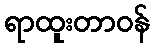
ရာထူးတာဝန်